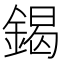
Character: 鍻